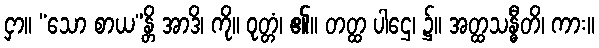
ငှာ။ “သော စာယ”န္တိ အာဒိ၊ ကို။ ဝုတ္တံ၊ ၏။ တတ္ထ ပါဌေ၊ ၌။ အတ္ထသန္ဓီတိ၊ ကား။